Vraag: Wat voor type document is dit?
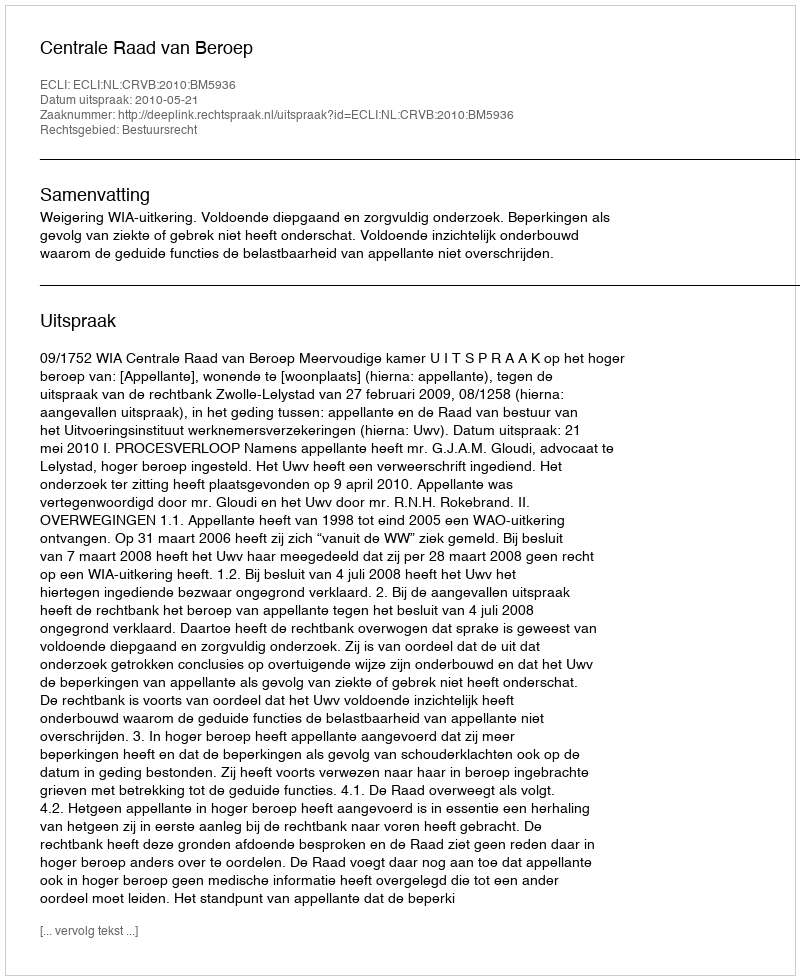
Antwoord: Uitspraak